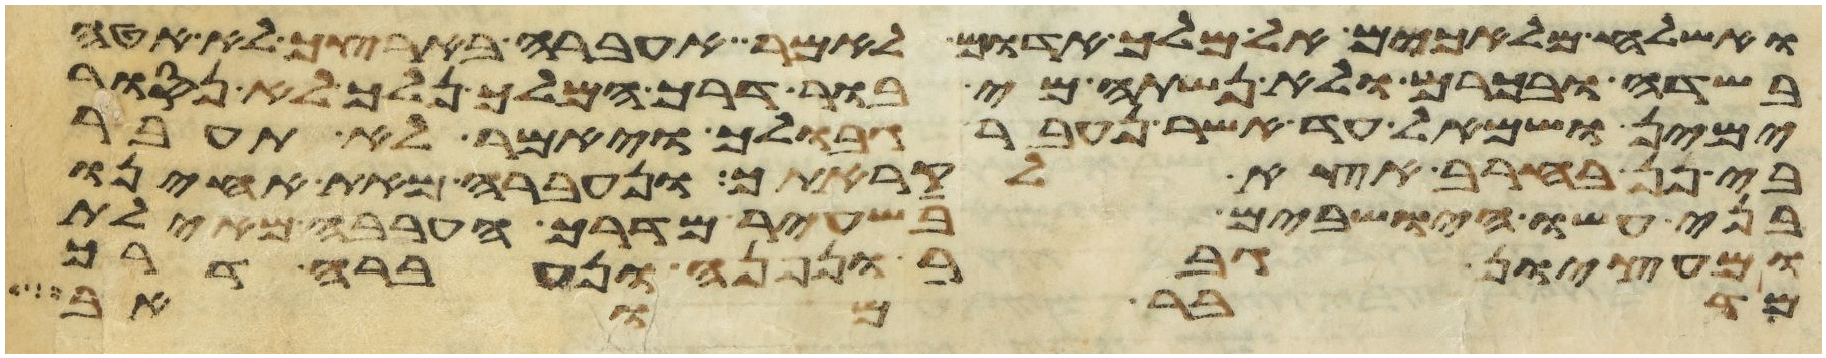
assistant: ואשלחה מלאכים אל מלך אדום לאמר אעברה בארצך לא אטה
בשדה ובכרם ולא נשתה מי בור דרך המלך נלך לא נסור
ימין ושמאל עד אשר נעבר גבולך ויאמר לא תעבר
בי פן בחרב אצא לקראתך ונעברה מאת אחינו
בני עשו הישבים בשעיר מדרך הערבה מאילת
ומעציון גבר ונפנה ונעברה דרך
מדבר מואב